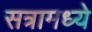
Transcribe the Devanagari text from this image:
सत्रामध्ये